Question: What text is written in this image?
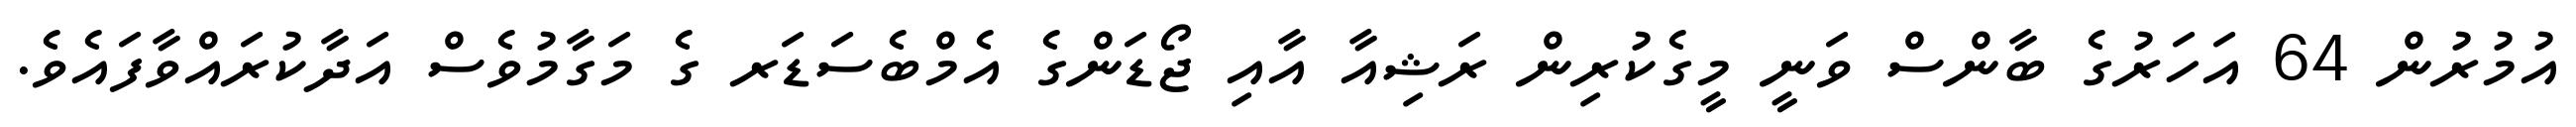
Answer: އުމުރުން 64 އަހަރުގެ ބާންސް ވަނީ މީގެކުރިން ރަޝިއާ އާއި ޖޯޑަންގެ އެމްބެސަޑަރ ގެ މަގާމުވެސް އަދާކުރައްވާފައެވެ.